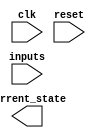
module fsm (
    input wire clk,
    input wire reset,
    input wire [num_states-1:0] inputs,
    output reg [num_states-1:0] current_state
);

parameter num_states = 4;
parameter num_rows = 2;
parameter num_cols = 2;

reg [num_states-1:0] next_state[num_rows][num_cols];
reg [num_states-1:0] state_reg[num_rows][num_cols];

reg [1:0] row, col;
reg [1:0] next_row, next_col;

always @(posedge clk) begin
    if (reset) begin
        for (row = 0; row < num_rows; row = row + 1) begin
            for (col = 0; col < num_cols; col = col + 1) begin
                state_reg[row][col] <= 0;
            end
        end
    end else begin
        // Transition logic
        for (row = 0; row < num_rows; row = row + 1) begin
            for (col = 0; col < num_cols; col = col + 1) begin
                state_reg[row][col] <= next_state[row][col];
            end
        end
    end
end

// Define state transitions based on input signals
always @* begin
    next_row = row;
    next_col = col;
    
    if (inputs == 2'b00) begin
        next_row = row + 1;
    end else if (inputs == 2'b01) begin
        next_col = col + 1;
        next_row = row;
    end else if (inputs == 2'b10) begin
        next_row = row - 1;
    end else if (inputs == 2'b11) begin
        next_col = col - 1;
        next_row = row;
    end
    
    next_state[next_row][next_col] = state_reg[row][col];
end

endmodule